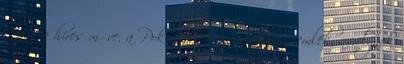
Dante híres műve, a Pokol, illetve minden műemlék, amelynek